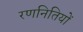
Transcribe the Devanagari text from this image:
रणनितियों